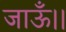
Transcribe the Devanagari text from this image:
जाऊँ।।